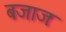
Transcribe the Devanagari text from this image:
बजाजः